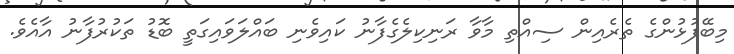
މިބޭފުޅުންގެ ތެރެއިން ސިއްތި މާވާ ރަނިކިލެގެފާނު ކައިވެނި ބައްލަވައިގަތީ ބޮޑު ތަކުރުފާނު އާއެވެ.